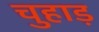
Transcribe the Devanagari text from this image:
चुहाड़